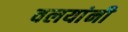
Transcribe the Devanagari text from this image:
वलयांनी